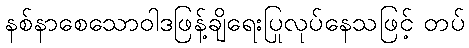
နစ်နာစေသောဝါဒဖြန့်ချိရေးပြုလုပ်နေသဖြင့် တပ်